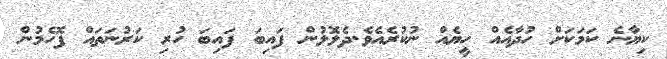
ކިޔާނެ ކަމަކަށް ހުދާއެއް ހީޔެއް ނުކުރެއެވެ.ދެލޮލުން ފައިބަ ފައިބަ ހުރި ކަރުނަތައް ފޮހެމުން